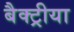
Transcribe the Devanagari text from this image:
बैक्ट्रीया